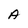
Character: A